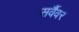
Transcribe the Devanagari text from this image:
सर्वैवर